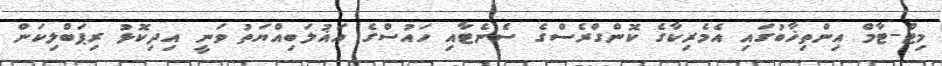
މިޓް-ޓާމް އިންތިޚާބުގައި އެމެރިކާގެ ކޮންގްރެސްގެ ސެނެޓާއި ހައުސްގެ އަޣުލަބިއްޔަތު ވަނީ އިދިކޮޅު ރިޕަބްލިކަން